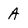
Character: A